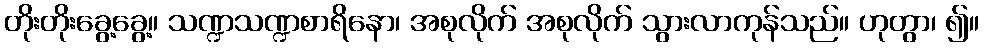
တိုးတိုးခွေ့ခွေ့။ သဏ္ဍသဏ္ဍစာရိနော၊ အစုလိုက် အစုလိုက် သွားလာကုန်သည်။ ဟုတွာ၊ ၍။